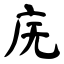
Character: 庑